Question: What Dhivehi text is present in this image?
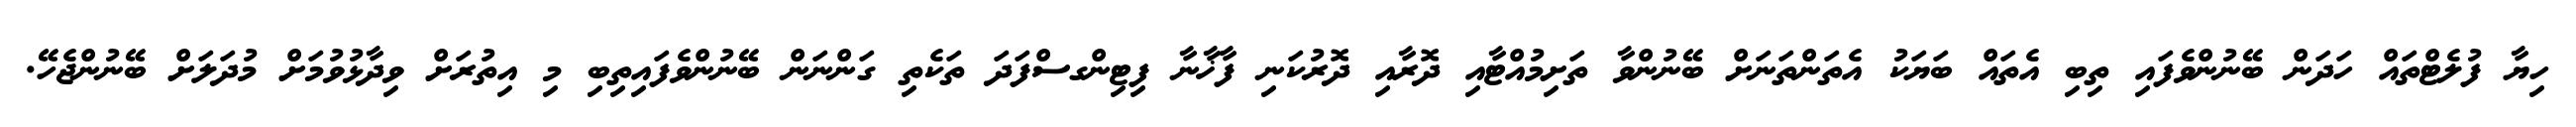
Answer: ހިޔާ ފުލެޓްތައް ހަދަން ބޭނުންވެފައި ތިބި އެތައް ބަޔަކު އެތަންތަނަށް ބޭނުންވާ ތަށިމުއްޓާއި ދޮރާއި ދޮރުކަނި ފާޚާނާ ފިޓިންގސްފަދަ ތަކެތި ގަންނަން ބޭނުންވެފައިތިބި މި އިތުރަށް ވިދާޅުވުމަށް މުދަލަށް ބޭނުންޖެހޭ.